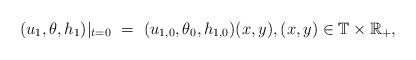
LaTeX: \begin{align*}(u_1,\theta,h_1)|_{t=0}~=~(u_{1,0},\theta_0,h_{1,0})(x,y),(x,y)\in\mathbb{T}\times\mathbb{R}_+,\end{align*}